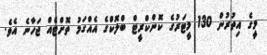
މީގެ އިތުރުން 130 މީޓަރުގެ ކޮންކްރީޓް ބްލޮކްގެ އެއްގަމު ތޮށްޓެއް ޖަހާނެ އެވެ.